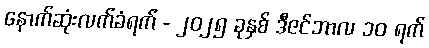
နောက်ဆုံးလက်ခံရက် - ၂၀၂၅ ခုနှစ် ဒီဇင်ဘာလ ၁၀ ရက်